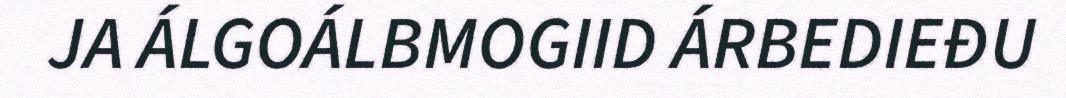
JA ÁLGOÁLBMOGIID ÁRBEDIEĐU